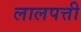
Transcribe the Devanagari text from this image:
लालपत्ती